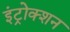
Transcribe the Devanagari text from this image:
इंट्रोक्शन